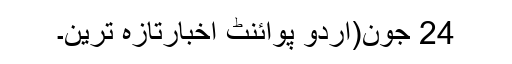
24 جون(اُردو پوائنٹ اخبارتازہ ترین۔